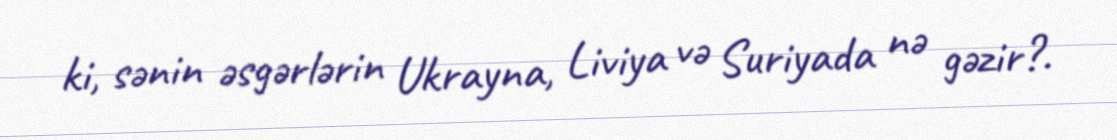
ki, sənin əsgərlərin Ukrayna, Liviya və Suriyada nə gəzir?.